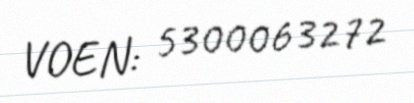
VOEN: 5300063272